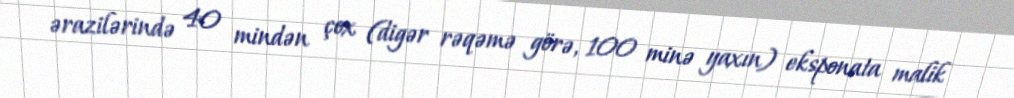
ərazilərində 40 mindən çox (digər rəqəmə görə, 100 minə yaxın) eksponata malik